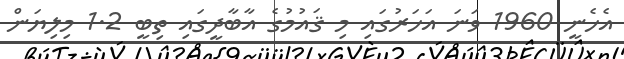
އެހެނީ 1960 ވަނަ އަހަރުގައި މި ޤައުމުގެ އާބާދީގައި ތިބީ 1.2 މިލިޔަން